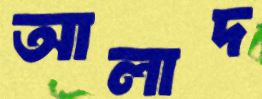
আলাদ